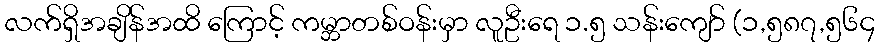
လက်ရှိအချိန်အထိ ကြောင့် ကမ္ဘာတစ်ဝန်းမှာ လူဦးရေ ၁.၅ သန်းကျော် (၁,၅၈၇,၅၆၄